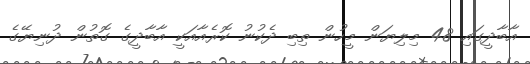
އާބާދީގައި 48 މިލިޔަން މީހުން ތިބި ދެކުނު ކޮރެއާއަކީ އާބާދީގެ ގޮތުން ދުނިޔޭގެ